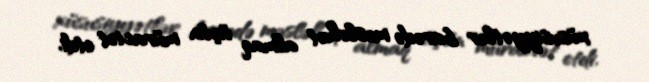
xüsusiyyətlər barədə məsləhət almaq üçün müraciət etdi.